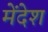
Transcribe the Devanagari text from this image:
मेंदेश